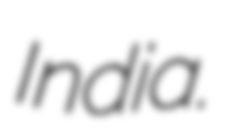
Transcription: India.